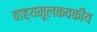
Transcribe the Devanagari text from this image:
वाह्यमूलकवकीय